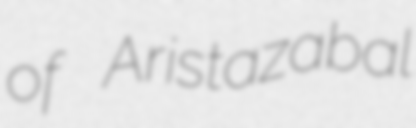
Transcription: of Aristazabal